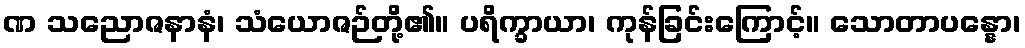
ဏ သညောဇနာနံ၊ သံယောဇဉ်တို့၏။ ပရိက္ခာယာ၊ ကုန်ခြင်းကြောင့်။ သောတာပန္နော၊